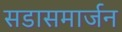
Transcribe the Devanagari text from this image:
सडासमार्जन